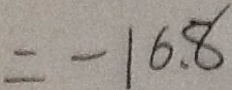
= - 1 6 . 8